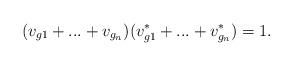
LaTeX: \begin{align*}(v_{g1} + ... + v_{g_n})(v^*_{g1} + ... + v^*_{g_n}) = 1.\end{align*}